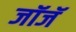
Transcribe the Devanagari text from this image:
जॉजॅ